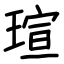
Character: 瑄